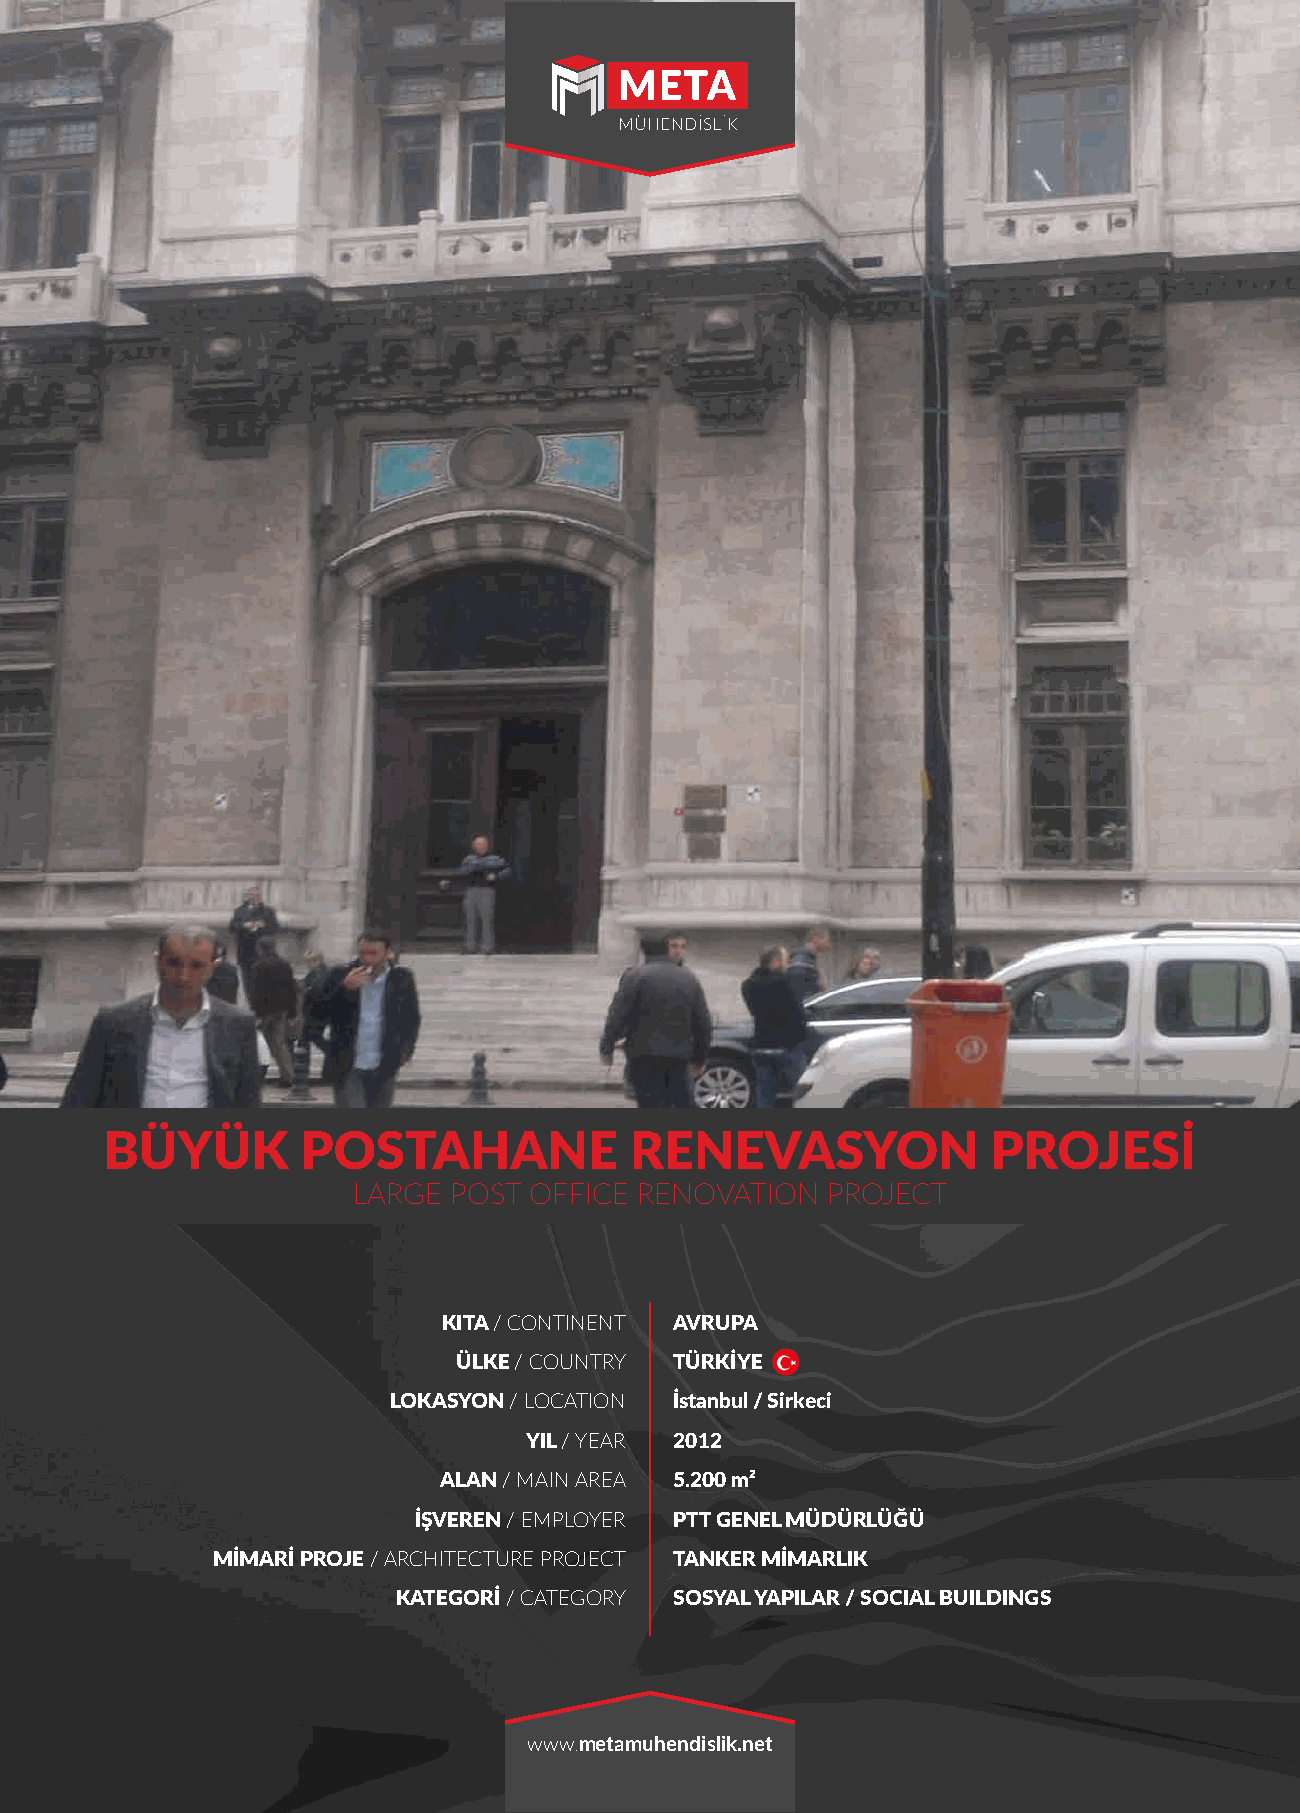
BÜYÜK        POSTAHANE             RENEVASYON              PROJESİ
 LARGE  POST OFFICE RENOVATION   PROJECT
 KITA / CONTINENT AVRUPA
 ÜLKE / COUNTRY TÜRKİYE
 LOKASYON / LOCATION İstanbul / Sirkeci
 YIL / YEAR 2012
 ALAN / MAIN AREA 5.200 m²
 İŞVEREN / EMPLOYER PTT GENEL MÜDÜRLÜĞÜ
 MİMARİ PROJE / ARCHITECTURE PROJECT TANKER MİMARLIK
 KATEGORİ / CATEGORY SOSYAL YAPILAR / SOCIAL BUILDINGS
 www.metamuhendislik.net